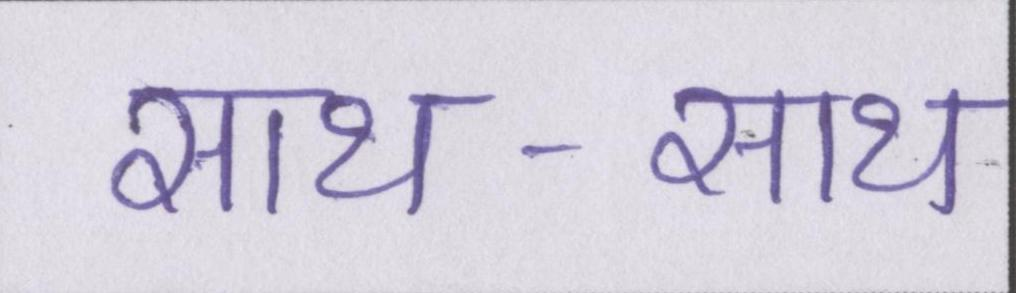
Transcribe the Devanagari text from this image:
साथ-साथ